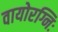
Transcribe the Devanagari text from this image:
वायोरग्निः